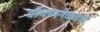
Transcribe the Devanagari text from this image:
दीप्तमनेकवर्णं